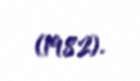
(1982).